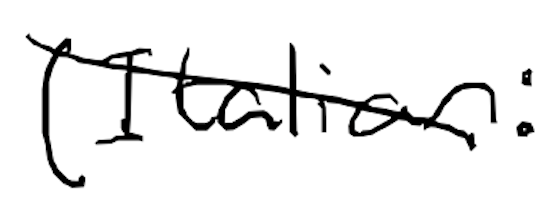
Text: (Italian:
Cross-out: diagonal
Writing tool: digital_black